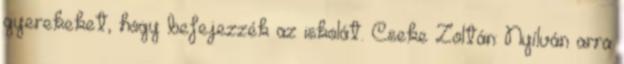
gyerekeket, hogy befejezzék az iskolát. Cseke Zoltán: Nyílván arra